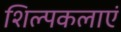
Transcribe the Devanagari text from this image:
शिल्पकलाएं